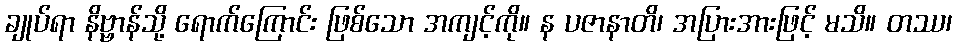
ချုပ်ရာ နိဗ္ဗာန်သို့ ရောက်ကြောင်း ဖြစ်သော အကျင့်ကို။ န ပဇာနာတိ၊ အပြားအားဖြင့် မသိ။ တဿ၊